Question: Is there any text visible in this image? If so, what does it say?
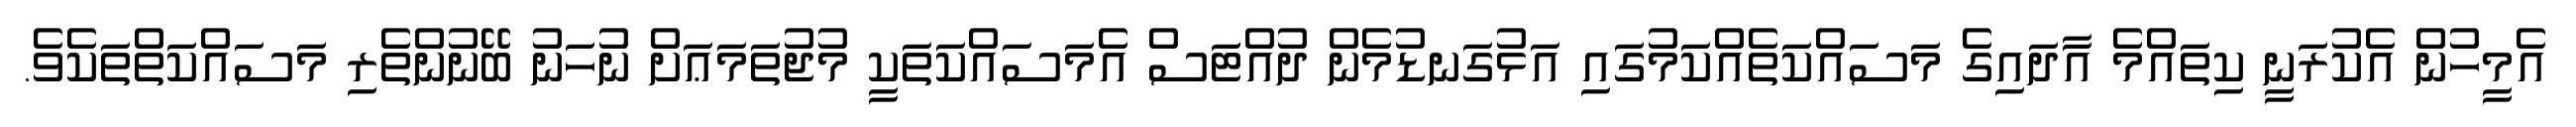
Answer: އެމީހުން އެކުރަނީ ކިތައްމެ އާދައިގެ މަސައްކަތެއްކަމުގައި އަޅުގަނޑުމެން ދުއްޓަސް އެމަސައްކަތަކީ މުޖުތަމަޢަށް ނުހަނު ބޭނުންތެރި މަސައްކަތްތަކެވެ.